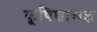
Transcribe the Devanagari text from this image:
कृ्षिशास्त्रज्ञ